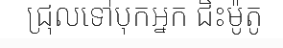
ជ្រុលទៅបុកអ្នក ជិះម៉ូតូ